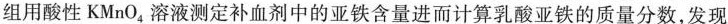
组用酸性KMnO_{4}溶液测定补血剂中的亚铁含量进而计算乳酸亚铁的质量分数，发现